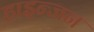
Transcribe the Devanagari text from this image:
हाइन्जन